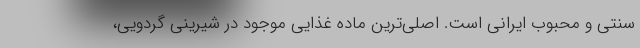
سنتی و محبوب ایرانی است. اصلی‌ترین ماده غذایی موجود در شیرینی گردویی،